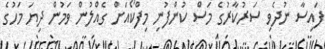
ފައިސާ ނުދެވި ސަރުކާރުގެ މަސް ކުންފުނި މިފްކޯއަށް ގެއްލުން ވަމުން ދިޔަ މަހުގެ